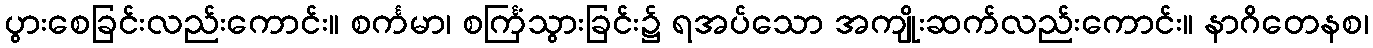
ပွားစေခြင်းလည်းကောင်း။ စင်္ကမာ၊ စင်္ကြံသွားခြင်း၌ ရအပ်သော အကျိုးဆက်လည်းကောင်း။ နာဂိတေနစ၊